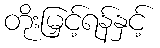
တိုးမြှင့်ရန်နှင့်